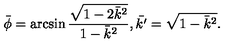
\bar { \phi } = \arcsin \frac { \sqrt { 1 - 2 \bar { k } ^ { 2 } } } { 1 - \bar { k } ^ { 2 } } , \bar { k ^ { \prime } } = \sqrt { 1 - \bar { k } ^ { 2 } } .